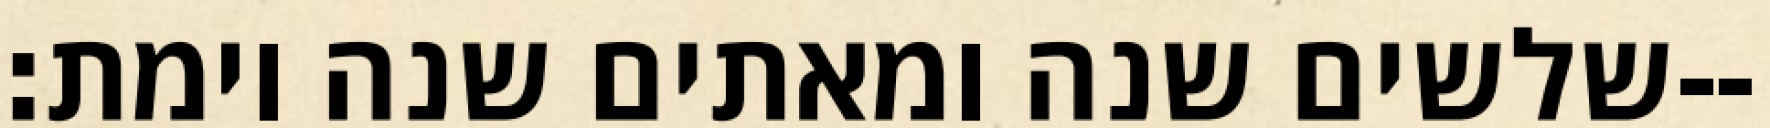
שלשים שנה ומאתים שנה וימת׃--